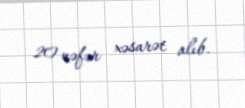
20 nəfər xəsarət alıb.